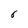
Character: 6